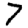
Digit: 7